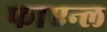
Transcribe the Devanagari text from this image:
फाएन्ल